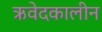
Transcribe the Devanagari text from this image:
ऋवेदकालीन